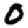
Digit: 0